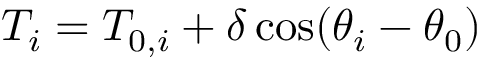
T _ { i } = T _ { 0 , i } + \delta \cos ( \theta _ { i } - \theta _ { 0 } )